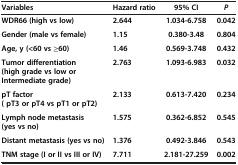
| Variables | Hazard ratio | 95% CI | P |
 | --- | --- | --- | --- |
 | WDR66 (high vs low) | 2.644 | 1.034-6.758 | 0.042 |
 | Gender (male vs female) | 1.15 | 0.380-3.48 | 0.804 |
 | Age, y (<60 vs ≥60) | 1.46 | 0.569-3.748 | 0.432 |
 | Tumor differentiation (high grade vs low or Intermediate grade) | 2.763 | 1.093-6.983 | 0.032 |
 | pT factor ( pT3 or pT4 vs pT1 or pT2) | 2.133 | 0.613-7.420 | 0.234 |
 | Lymph node metastasis (yes vs no) | 1.575 | 0.362-6.852 | 0.545 |
 | Distant metastasis (yes vs no) | 1.376 | 0.492-3.846 | 0.543 |
 | TNM stage (I or II vs III or IV) | 7.711 | 2.181-27.259 | 0.002 |